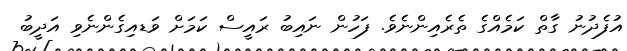
އުފެދުނު ގާތް ކަމެއްގެ ތެރެއިންނެވެ. ފަހުން ނައިބު ރައީސް ކަމަށް ވަޑއިގެންނެވި އަދީބު